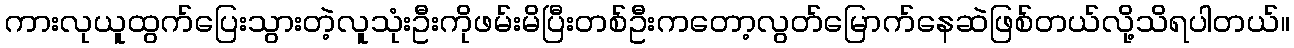
ကားလုယူထွက်ပြေးသွားတဲ့လူသုံးဦးကိုဖမ်းမိပြီးတစ်ဦးကတော့လွတ်မြောက်နေဆဲဖြစ်တယ်လို့သိရပါတယ်။